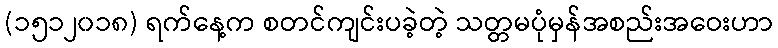
(၁၅၁၂၀၁၈) ရက်နေ့က စတင်ကျင်းပခဲ့တဲ့ သတ္တမပုံမှန်အစည်းအဝေးဟာ